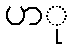
ပာု